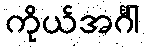
ကိုယ်အင်္ဂါ